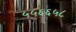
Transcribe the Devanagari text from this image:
५५६६५८